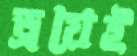
ড্রয়েই